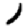
Digit: 1